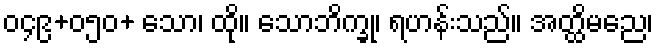
၀၄၉+၀၅၀+ သော၊ ထို။ သောဘိက္ခု၊ ရဟန်းသည်။ အတ္ထိမညေ၊